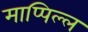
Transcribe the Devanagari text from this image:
माप्पिल्ल